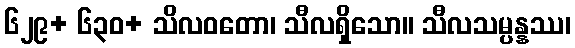
၆၂၉+ ၆၃၀+ သိလဝတော၊ သီလရှိသော။ သီလသမ္ပန္နဿ၊